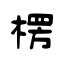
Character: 楞